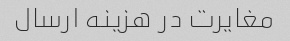
مغایرت در هزینه ارسال